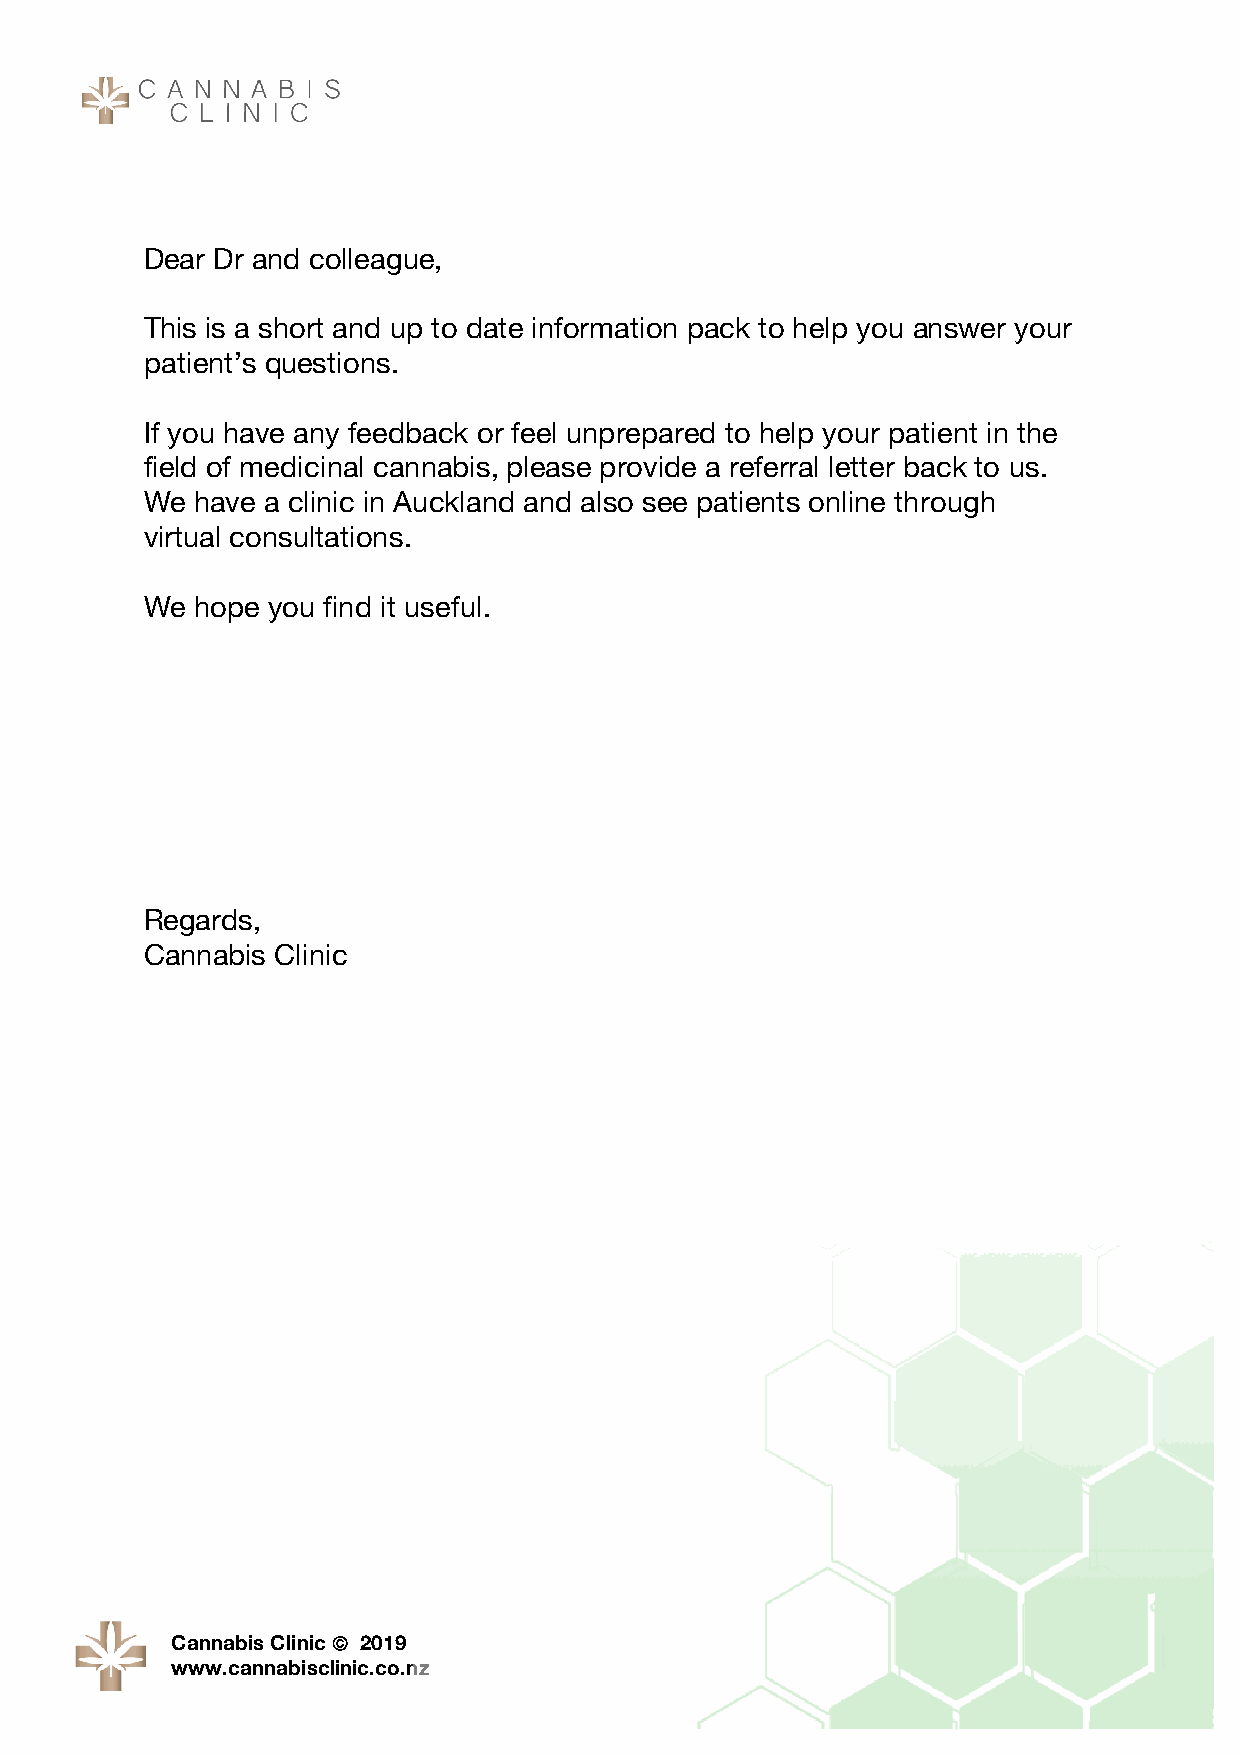
Dear Dr and colleague,
 This is a short and up to date information pack to help you answer your
 patient’s questions.
 If you have any feedback or feel unprepared to help your patient in the
 field of medicinal cannabis, please provide a referral letter back to us.
 We have a clinic in Auckland and also see patients online through
 virtual consultations.
 We hope you find it useful.
 Regards,
 Cannabis Clinic
 Cannabis Clinic ã 2019
 www.cannabisclinic.co.nz